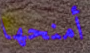
أمنحها